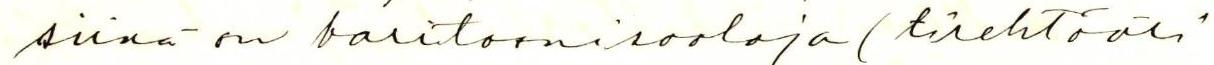
siinä on baritoonirooleja (tirehtööri